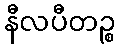
နီလပီတဉ္စ